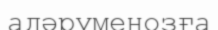
адәруменозға